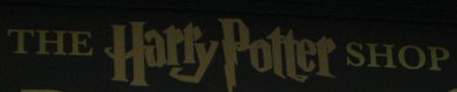
THE Harry Potter SHOP